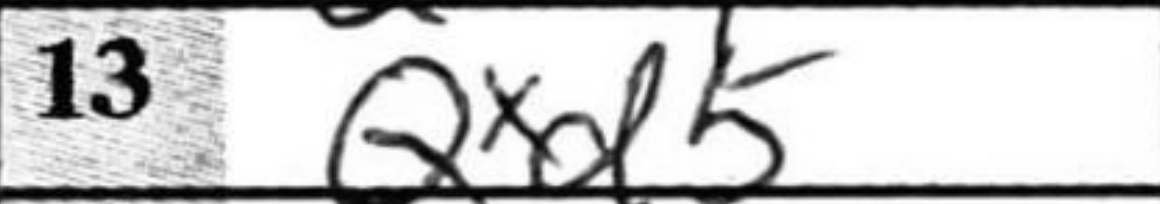
Transcription: Qxd5